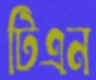
টিএন